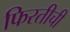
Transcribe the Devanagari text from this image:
फिरतीची